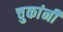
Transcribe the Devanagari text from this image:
चुकांनी